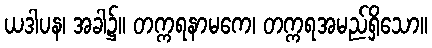
ယဒါပန၊ အခါ၌။ တက္ကရနာမကေ၊ တက္ကရအမည်ရှိသော။